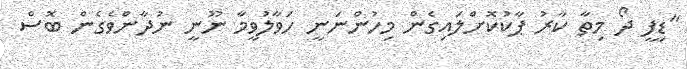
"ޑިފީ ދޯ މިތާ ކާރު ޕާކުކޮށްލައިގެން މިހުންނަނީ ހަވާލުވީމާ ނޫނީ ނުދާންވެގެން ބޮސް